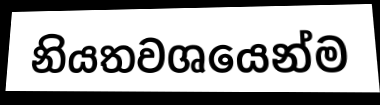
නියතවශයෙන්ම